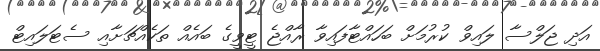
އަދި ޖަލްސާ ލައިވް ކުރުމަށް ބަހައްޓާފައިވާ ރާއްޖެ ޓީވީގެ ބައެއް ތަކެއްޗަށާއި ސެޓަލައިޓް